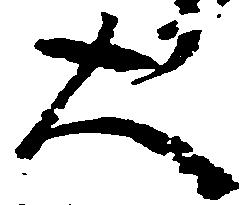
大